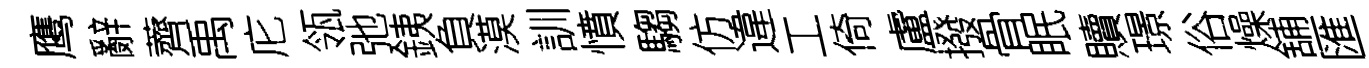
鹰辭薺禹庀瓴弛銕負漠訓憤騶仿違工倚盧撥骨眠贖璟俗燥舖匯